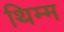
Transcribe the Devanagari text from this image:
थिम्म